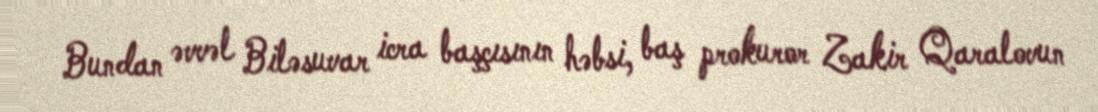
Bundan əvvəl Biləsuvar icra başçısının həbsi, baş prokuror Zakir Qaralovun